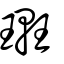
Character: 𨏟